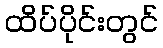
ထိပ်ပိုင်းတွင်